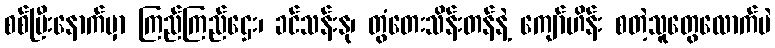
စစ်ပြီးနောက်မှာ ကြည်ကြည်ဌေး၊ ခင်သန်းနု၊ တွံတေးသိန်းတန်နဲ့ ကျော်ဟိန်း စတဲ့သူတွေလောက်ပဲ